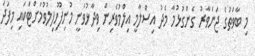
މި ބާވަތުގެ ޖަނަވާރު ގެންގުޅުމާ މެދު އިސްލާމީ އިލްމުވެރިން ވިދާޅުވަނީ މުނިފޫހިފިލުވުމަށްޓަކައި މިފަދަ